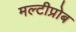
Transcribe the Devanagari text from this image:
मल्टीप्रोब